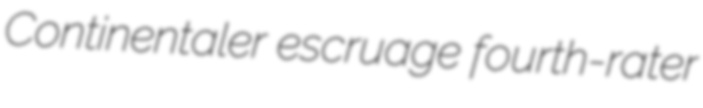
Continentaler escruage fourth-rater